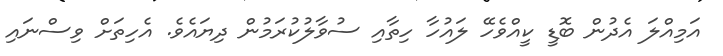
އަމިއްލަ އެދުން ބޮޑީ ކީއްވެހޭ ލައުހާ ހިތާއި ސުވާލުކުރަމުން ދިޔައެވެ. އެހިތަށް ވިސްނައި